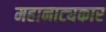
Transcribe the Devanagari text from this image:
महानाट्यकार